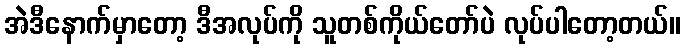
အဲဒီနောက်မှာတော့ ဒီအလုပ်ကို သူတစ်ကိုယ်တော်ပဲ လုပ်ပါတော့တယ်။